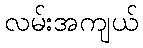
လမ်းအကျယ်